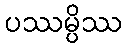
ပဿမ္ပိဿ